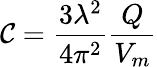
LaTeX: \mathcal{C}=\frac{{3\lambda^{2}}}{{4\pi^{2}}}\frac{{Q}}{{V_{m}}}